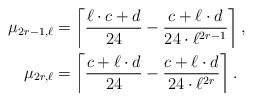
LaTeX: \begin{align*} \mu_{2r-1,\ell}& =\left\lceil\frac{\ell\cdot c+d}{24}-\dfrac{c+\ell\cdot d}{24\cdot\ell^{2r-1}}\right\rceil,\\ \mu_{2r,\ell}& =\left\lceil\frac{c+\ell\cdot d}{24}-\dfrac{c+\ell\cdot d}{24\cdot{\ell}^{2r}}\right\rceil. \end{align*}